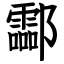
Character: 酃